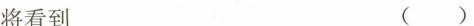
将看到 ( )